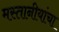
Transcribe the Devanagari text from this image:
मस्तानीयांचा